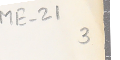
ME- 21 3